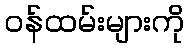
ဝန်ထမ်းများကို